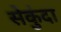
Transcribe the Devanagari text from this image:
सेकुंदा